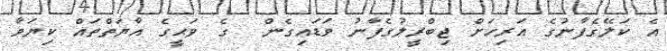
އެ ކަލޭގެފާނުގެ އަރިހަށް ޖިބްރީލުގެފާނު ވަޑައިގެން  ގެ ވަޙީގެ އާޔަތްތައް ކިޔަވާ